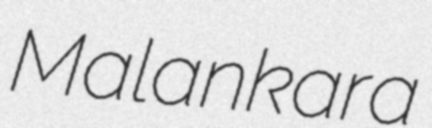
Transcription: Malankara